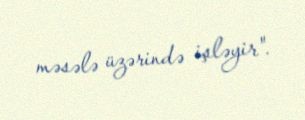
məsələ üzərində işləyir".